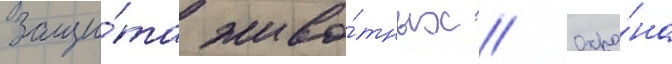
Защи́та живо́тных // Охра́на